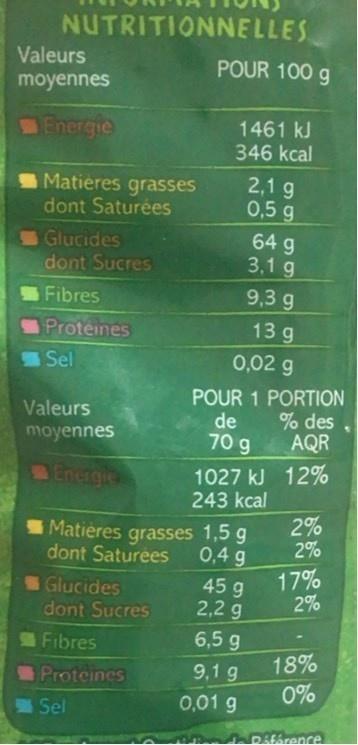
NUTRITIONNELLES
Valeurs
POUR 100 g
moyennes
Energie
1461 kJ 346 kcal
Matieres grasses dont Saturées
2,1 g 0,5 g
Glucides dont Sucres
64 g 3,1 g
Fibres
9,3 g
Proteines
13 g
Sel
0,02 g
POUR 1 PORTION de % des
Valeurs
moyennes
70 g
AQR
Energie
1027 kJ 12% 243 kcal
Matières grasses 1,5 g dont Saturees
2% 2%
0,4 g
17% 2%
Glucides
45 g
2,2 g 6,5 g 9,1 g
dont Sucres
Fibres
18% 0%
Proteines
Sel
0,01 g
Rifórence